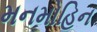
મનમોહિન